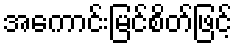
အကောင်းမြင်စိတ်ဖြင့်